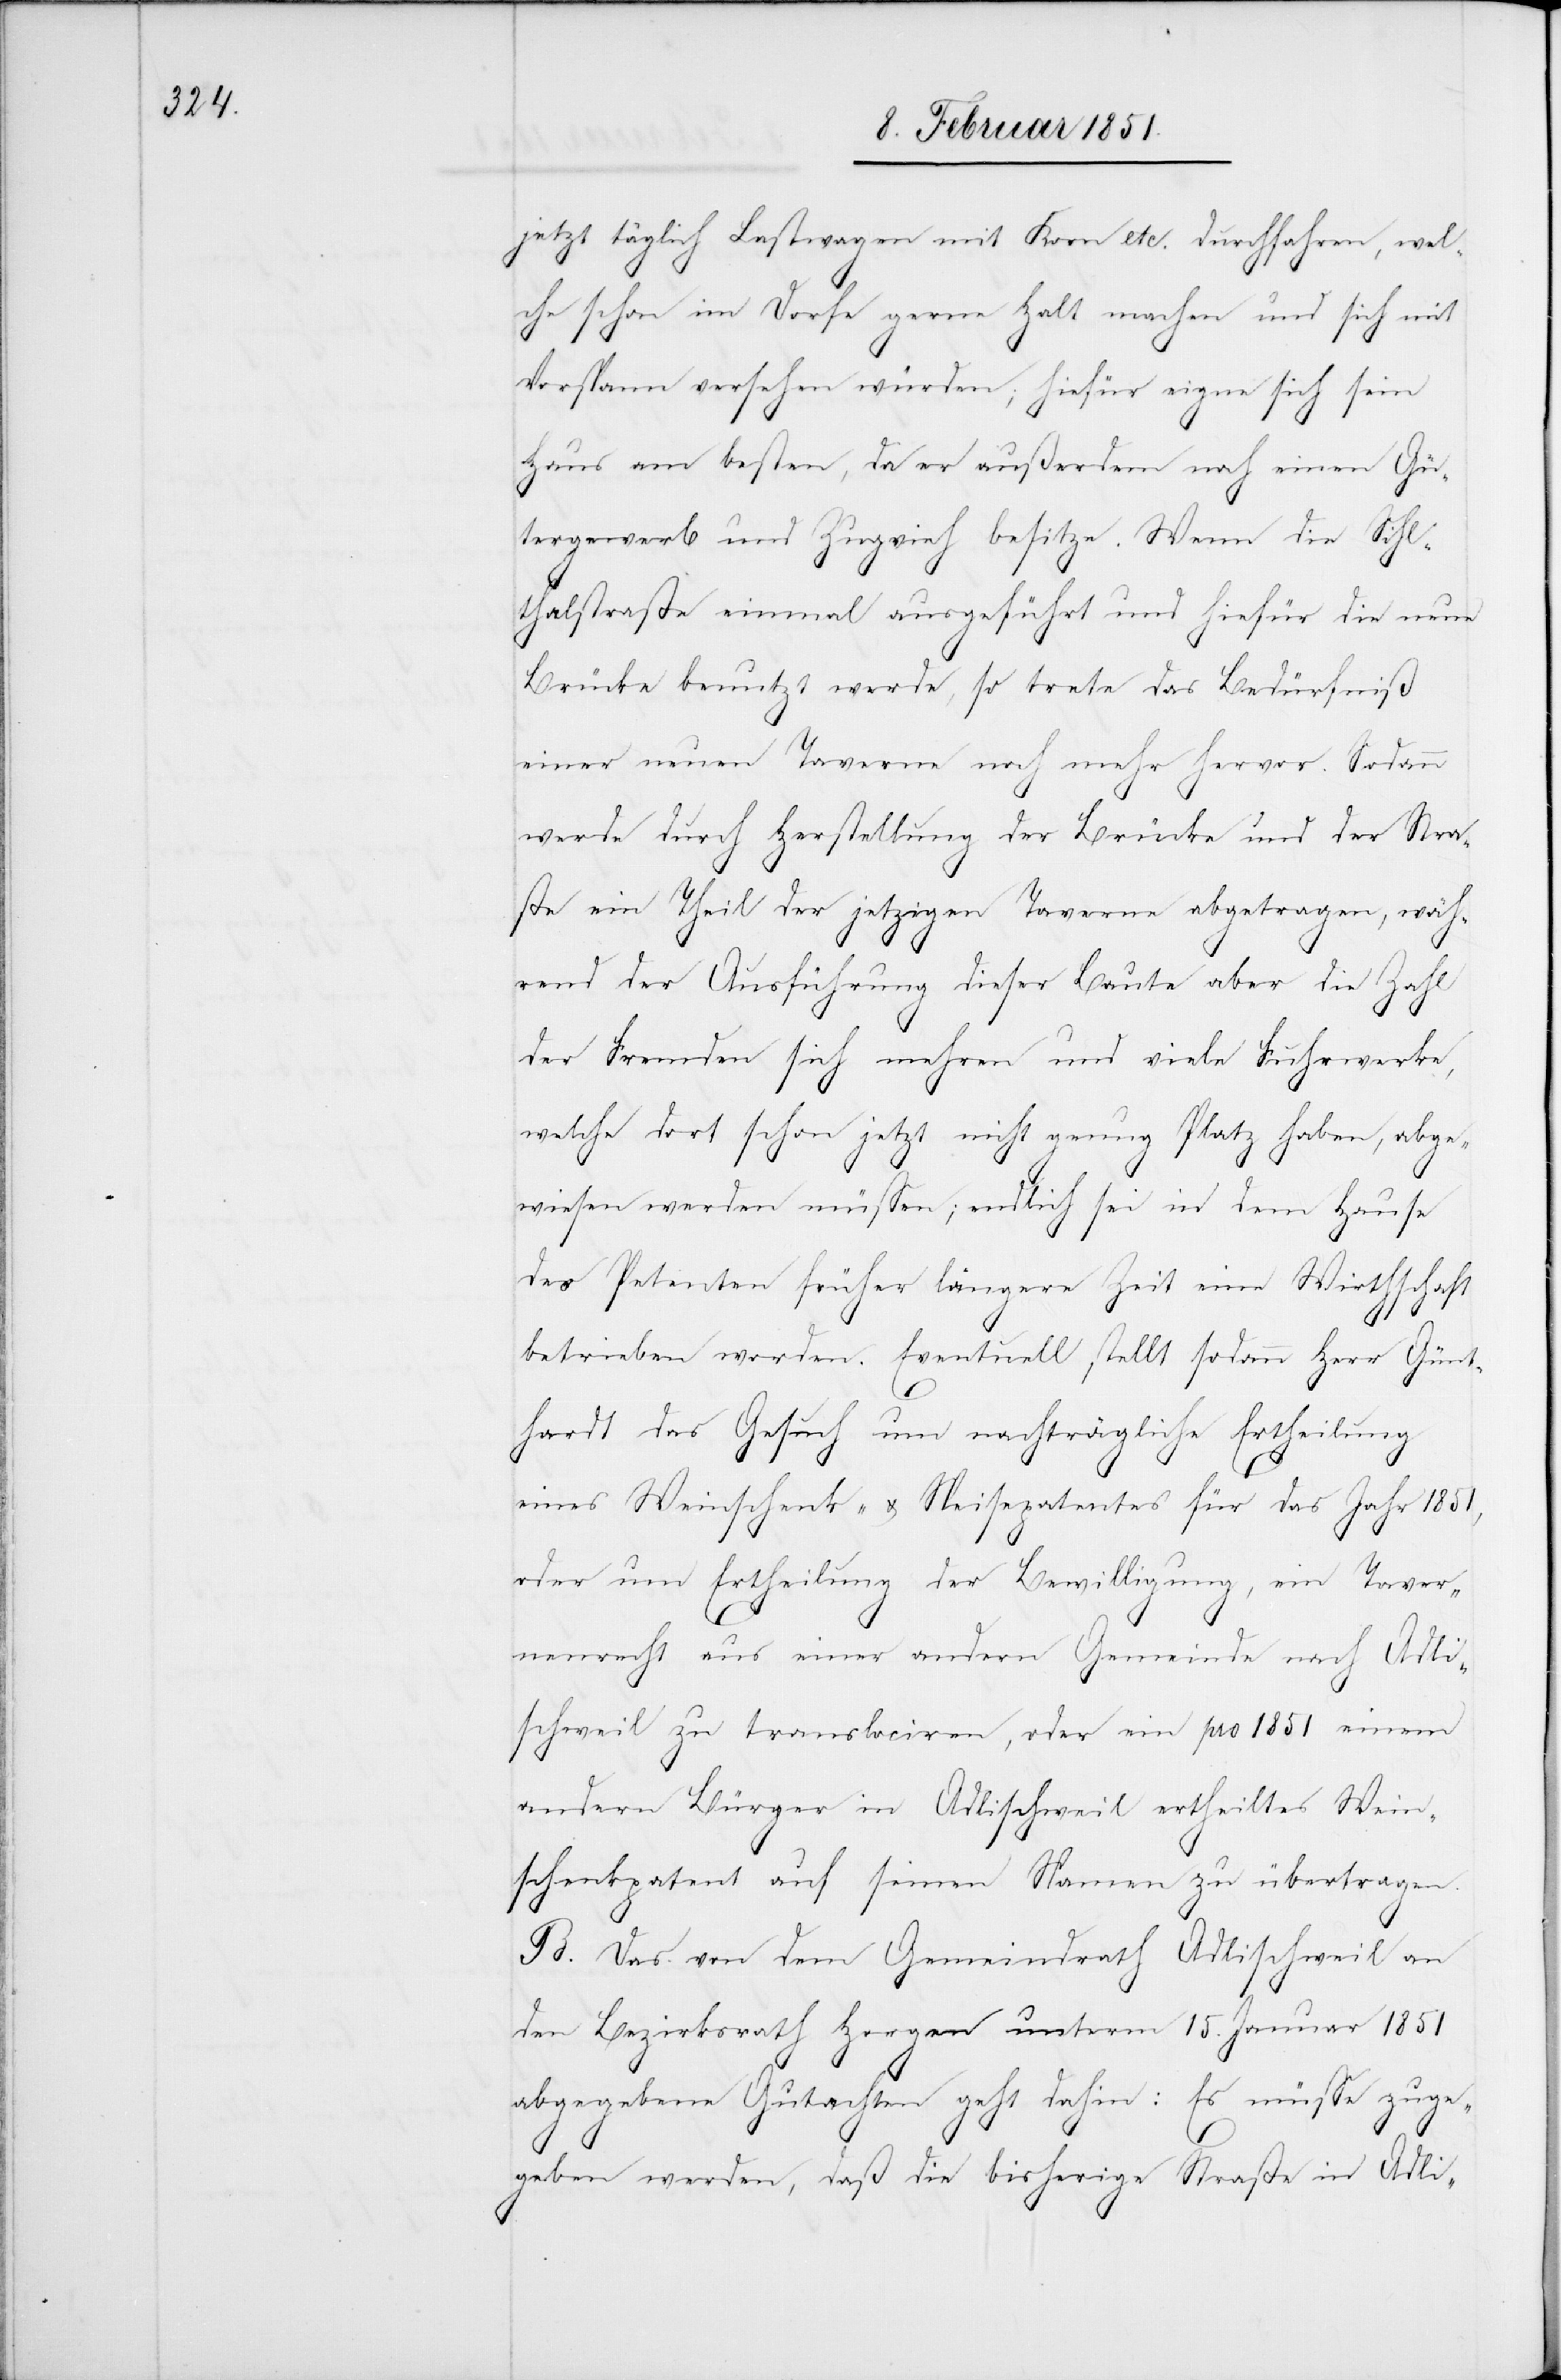
jetzt täglich Lastwagen mit Korn etc. durchfahren, wel¬
che schon im Dorfe gerne Halt machen und sich mit
Vorspann versehen würden; hiefür eigne sich sein
Haus am besten, da er außerdem noch einen Gü¬
tergewerb und Zugvieh besitze. Wenn die Sihl¬
thalstraße einmal ausgeführt und hiefür die neue
Brücke benutzt werde, so trete das Bedürfniß
einer neuen Taverne noch mehr hervor. Sodann
werde durch Herstellung der Brücke und der Stra¬
ße ein Theil der jetzigen Taverne abgetragen, wäh¬
rend der Ausführung dieser Baute aber die Zahl
der Fremden sich mehren und viele Fuhrwerke,
welche dort schon jetzt nicht genug Platz haben, abge¬
wiesen werden müssen; endlich sei in dem Hause
des Petenten früher längere Zeit eine Wirthschaft
betrieben worden. Eventuell stellt sodann Herr Günt¬
hardt das Gesuch um nachträgliche Ertheilung
eines Weinschenk- & Speisepatentes für das Jahr 1851,
oder um Ertheilung der Bewilligung, ein Taver¬
nenrecht aus einer andern Gemeinde nach Adli¬
schweil zu translociren, oder ein pro 1851 einem
andern Bürger in Adlischweil ertheiltes Wein¬
schenkpatent auf seinen Namen zu übertragen.
B. Das von dem Gemeindrath Adlischweil an
den Bezirksrath Horgen unterm 15. Januar 1851
abgegebene Gutachten geht dahin: Es müsse zuge¬
geben werden, daß die bisherige Straße in Adli-